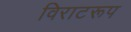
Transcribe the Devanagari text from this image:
विराटरूप